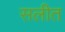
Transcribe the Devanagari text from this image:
सलीत